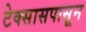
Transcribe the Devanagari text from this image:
टेक्सासपासून